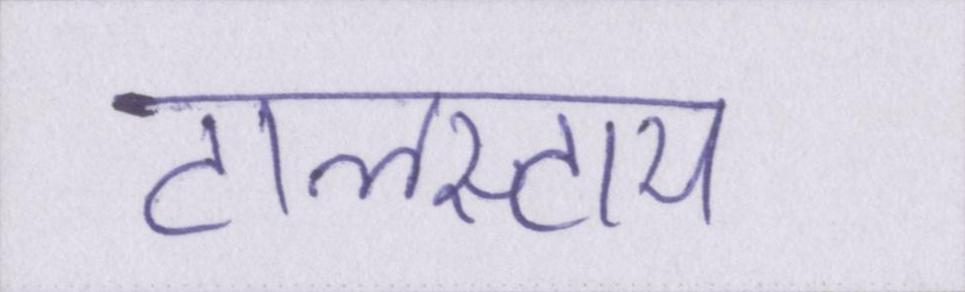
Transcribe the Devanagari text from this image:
टालस्टाय